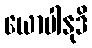
ယောပါနုဒိ